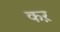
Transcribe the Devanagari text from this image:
कऱ